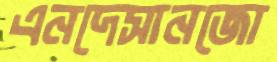
এনদেসানজো